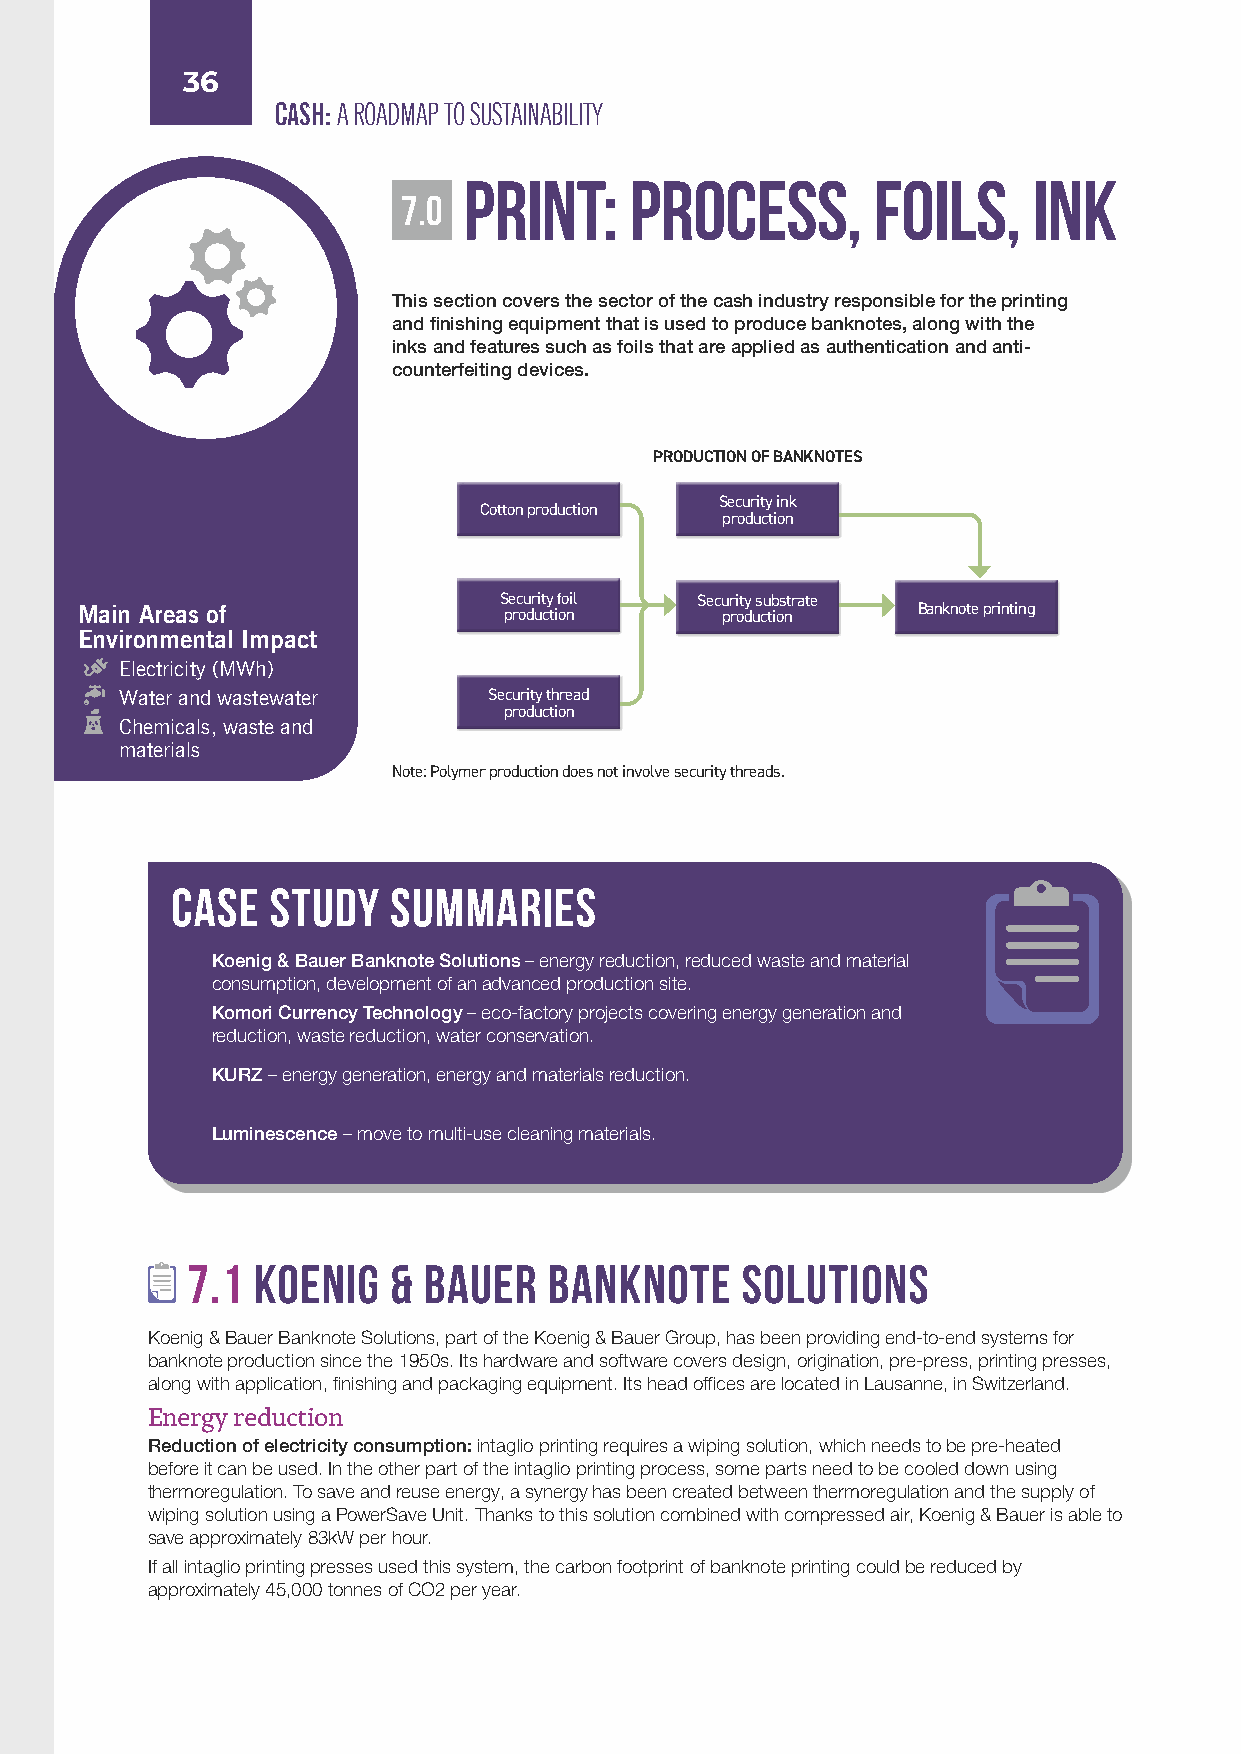
36
 CASH: A ROADMAP TO SUSTAINABILITY
 PRINT:     PROCESS,        FOILS,    INK
 7.0
 This section covers the sector of the cash industry responsible for the printing
 and finishing equipment that is used to produce banknotes, along with the
 inks and features such as foils that are applied as authentication and anti-
 counterfeiting devices.
 PRODUCTION OF BANKNOTES
 Security ink
 Cotton production
 production
 Security foil Security substrate
 Main Areas of               production     production   Banknote printing
 Environmental Impact
 Electricity (MWh)
 Water and wastewater    Security thread
 production
 Chemicals, waste and
 materials
 Note: Polymer production does not involve security threads.
 CASE   STUDY   SUMMARIES
 Koenig & Bauer Banknote Solutions – energy reduction, reduced waste and material
 consumption, development of an advanced production site.
 Komori Currency Technology – eco-factory projects covering energy generation and
 reduction, waste reduction, water conservation.
 KURZ – energy generation, energy and materials reduction.
 Luminescence – move to multi-use cleaning materials.
 7.1  Koenig   & Bauer   Banknote     Solutions
 Koenig & Bauer Banknote Solutions, part of the Koenig & Bauer Group, has been providing end-to-end systems for
 banknote production since the 1950s. Its hardware and software covers design, origination, pre-press, printing presses,
 along with application, finishing and packaging equipment. Its head offices are located in Lausanne, in Switzerland.
 Energy reduction
 Reduction of electricity consumption: intaglio printing requires a wiping solution, which needs to be pre-heated
 before it can be used. In the other part of the intaglio printing process, some parts need to be cooled down using
 thermoregulation. To save and reuse energy, a synergy has been created between thermoregulation and the supply of
 wiping solution using a PowerSave Unit. Thanks to this solution combined with compressed air, Koenig & Bauer is able to
 save approximately 83kW per hour.
 If all intaglio printing presses used this system, the carbon footprint of banknote printing could be reduced by
 approximately 45,000 tonnes of CO2 per year.